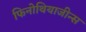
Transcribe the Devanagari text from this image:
फिनोथियाजीन्स